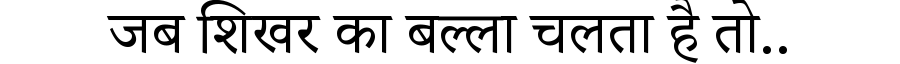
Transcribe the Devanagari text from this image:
जब शिखर का बल्ला चलता है तो..